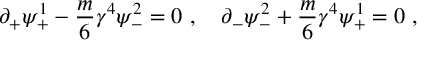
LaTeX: \partial _ { + } \psi _ { + } ^ { 1 } - \frac { m } { 6 } \gamma ^ { 4 } \psi _ { - } ^ { 2 } = 0 ~ , ~ ~ ~ \partial _ { - } \psi _ { - } ^ { 2 } + \frac { m } { 6 } \gamma ^ { 4 } \psi _ { + } ^ { 1 } = 0 ~ ,